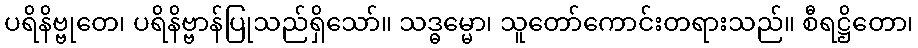
ပရိနိဗ္ဗုတေ၊ ပရိနိဗ္ဗာန်ပြုသည်ရှိသော်။ သဒ္ဓမ္မော၊ သူတော်ကောင်းတရားသည်။ စီရဋ္ဌိတော၊